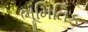
ભૂમિતિક